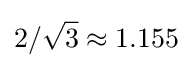
2/{\sqrt {3}}\approx 1.155